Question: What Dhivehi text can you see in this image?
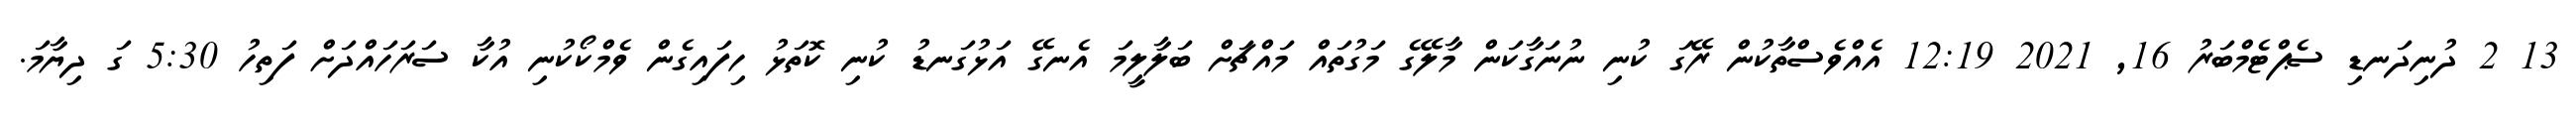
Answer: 13 2 ދުނިދަނޑި ސެޕްޓެމްބަރު 16, 2021 12:19 އެއްވެސްތާކުން ރޭގަ ކުނި ނުނަގާކަން މާލޭގެ މަގުތައް މައްޗަށް ބަލާލީމަ އެނގޭ އަޅުގަނޑު ކުނި ކޮތަޅު ހިފައިގެން ވެމްކޯކުނި އުކާ ސަރަހައްދަށް ފަތިހު 5:30 ގަ ދިޔާމަ.